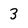
Character: 3